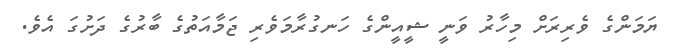
ޔަމަންގެ ވެރިރަށް މިހާރު ވަނީ ޝީއީންގެ ހަނގުރާމަވެރި ޖަމާއަތުގެ ބާރުގެ ދަށުގަ އެވެ.